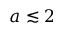
a \lesssim 2